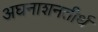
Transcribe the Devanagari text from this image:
अघनाशनतीर्थ